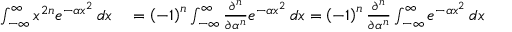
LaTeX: \begin{array} { r l } { \int _ { - \infty } ^ { \infty } x ^ { 2 n } e ^ { - \alpha x ^ { 2 } } \, d x } & { { } = \left( - 1 \right) ^ { n } \int _ { - \infty } ^ { \infty } { \frac { \partial ^ { n } } { \partial \alpha ^ { n } } } e ^ { - \alpha x ^ { 2 } } \, d x = \left( - 1 \right) ^ { n } { \frac { \partial ^ { n } } { \partial \alpha ^ { n } } } \int _ { - \infty } ^ { \infty } e ^ { - \alpha x ^ { 2 } } \, d x } \end{array}